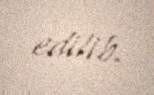
edilib.